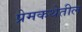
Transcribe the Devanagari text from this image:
प्रेमकथेतील